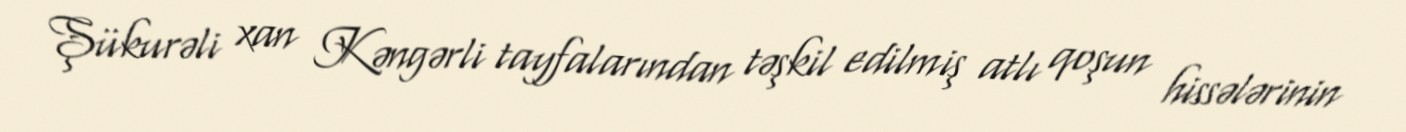
Şükurəli xan Kəngərli tayfalarından təşkil edilmiş atlı qoşun hissələrinin